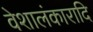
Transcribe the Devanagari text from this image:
वेशालंकारादि